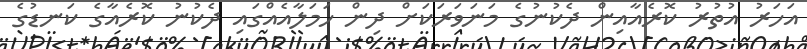
އަހަރު އުތުރު ކޮރެއާއިން ދެކުނުގެ މަނަވަރަކަށް ދިން ހަމަލާއެއްގައި ދެކުނު ކޮރެއާގެ ކަނޑުގެ